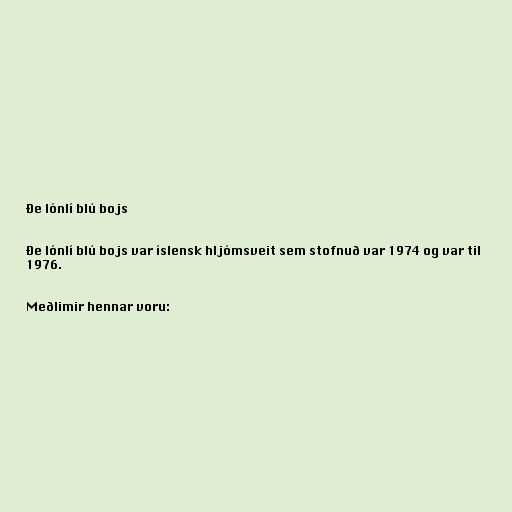
Ðe lónlí blú bojs

Ðe lónlí blú bojs var íslensk hljómsveit sem stofnuð var 1974 og var til
1976.

Meðlimir hennar voru: